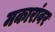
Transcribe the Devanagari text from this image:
मकारांवर